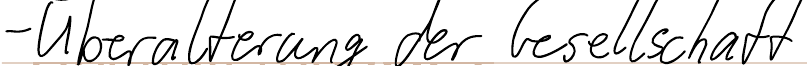
- Überalterung der Gesellschaft